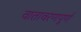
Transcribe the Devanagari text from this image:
वातावरणपूर्ण